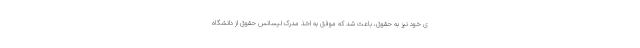
ی خود نیز به حقوق، باعث شد که موفق به اخذ مدرک لیسانس حقوق از دانشگاه